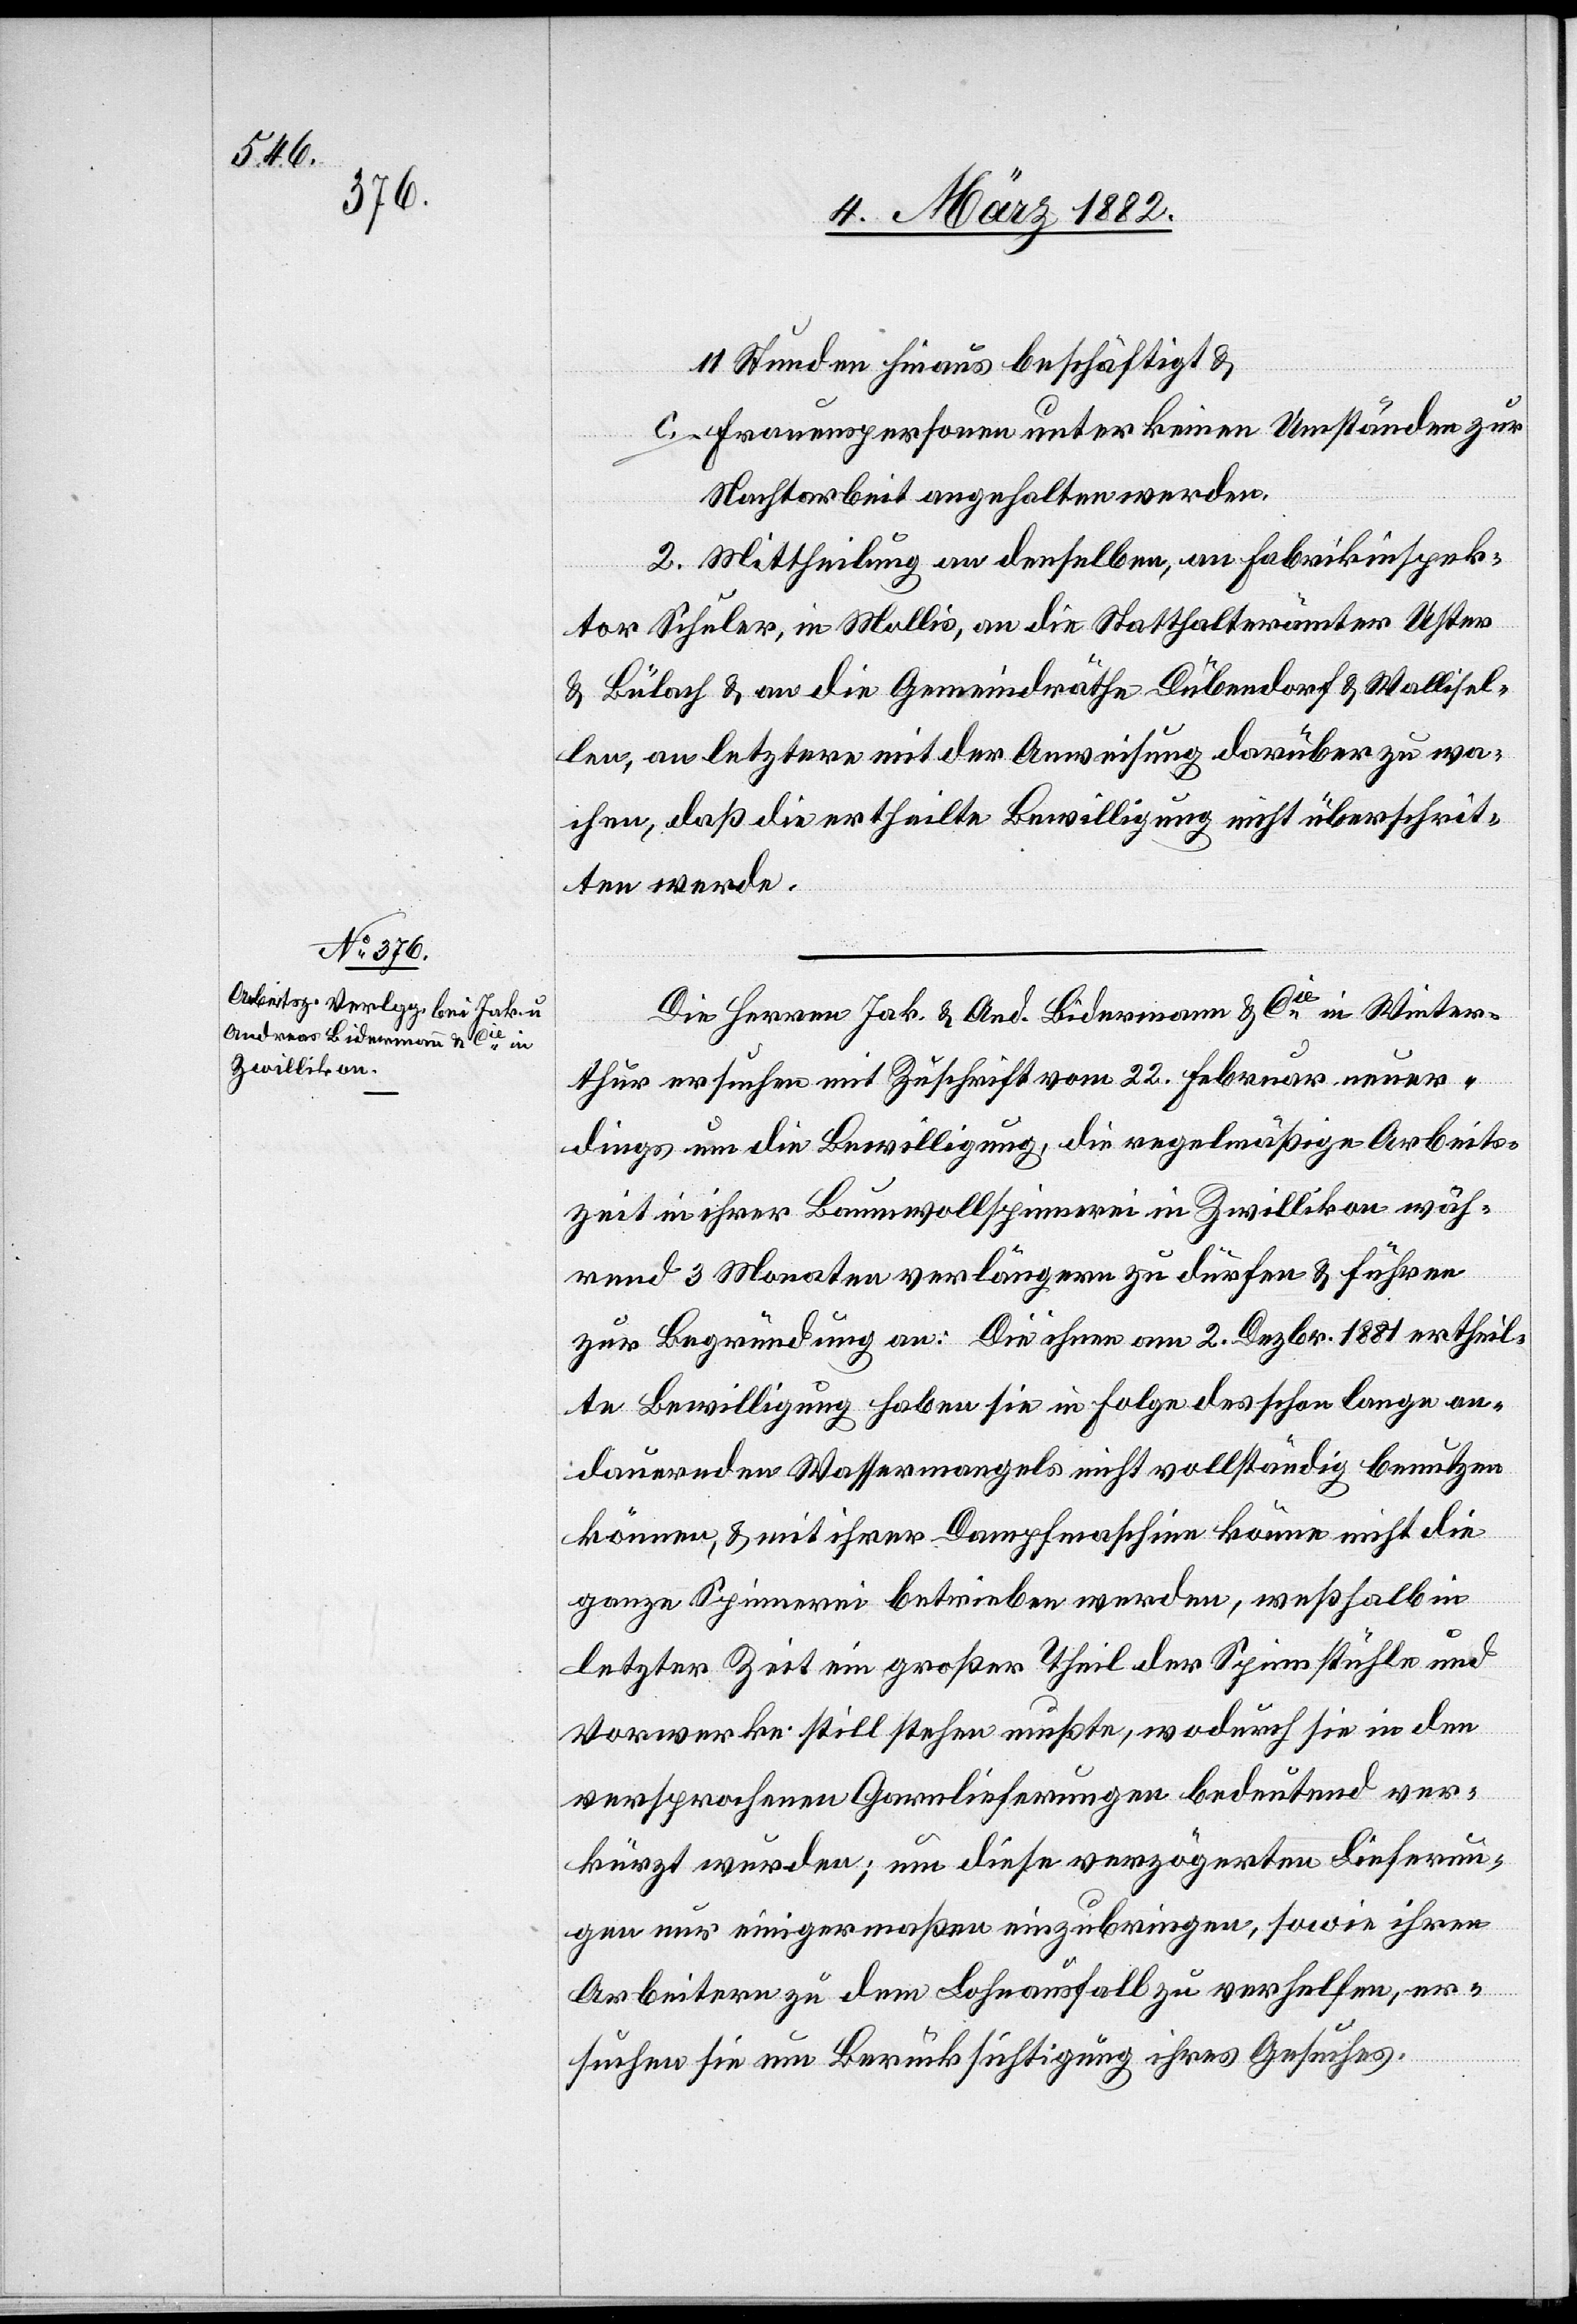
11 Stunden hinaus beschäftigt &
c. Frauenspersonen unter keinen Umständen zur
Nachtarbeit angehalten werden.
2. Mittheilung an denselben, an Fabrikinspek¬
tor Schuler, in Mollis, an die Statthalterämter Uster
& Bülach & an die Gemeindräthe Dübendorf & Wallisel¬
len, an letztern mit der Anweisung, darüber zu wa¬
chen, daß die ertheilte Bewilligung nicht überschrit¬
ten werde.
Die Herren Jak. & And. Bidermann & Cie in Winter¬
thur ersuchen mit Zuschrift vom 22. Februar neuer¬
dings um die Bewilligung, die regelmäßige Arbeits¬
zeit in ihrer Baumwollspinnerei in Zwillikon wäh¬
rend 3 Monaten verlängern zu dürfen & führen
zur Begründung an: Die ihnen am 2. Dezbr. 1881 ertheil¬
te Bewilligung haben sie in Folge des schon lange an¬
dauernden Wassermangels nicht vollständig benutzen
können, & mit ihrer Dampfmaschine könne nicht die
ganze Spinnerei betrieben werden, weßhalb in
letzter Zeit ein großer Theil der Spinnstühle und
Vorwerke still stehen mußten, wodurch sie in den
versprochenen Garnauslieferungen bedeutend ver¬
kürzt wurden; um diese verzögerten Lieferun¬
gen nur einigermaßen einzubringen, sowie ihren
Arbeitern zu dem Lohnausfall zu verhelfen, er¬
suchen sie um Berücksichtigung ihres Gesuches